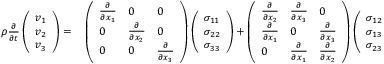
\begin{array} { r l } { \rho \frac { \partial } { \partial t } \left( \begin{array} { l } { v _ { 1 } } \\ { v _ { 2 } } \\ { v _ { 3 } } \end{array} \right) = } & { { } \left( \begin{array} { l l l } { \frac { \partial } { \partial x _ { 1 } } } & { 0 } & { 0 } \\ { 0 } & { \frac { \partial } { \partial x _ { 2 } } } & { 0 } \\ { 0 } & { 0 } & { \frac { \partial } { \partial x _ { 3 } } } \end{array} \right) \left( \begin{array} { l } { \sigma _ { 1 1 } } \\ { \sigma _ { 2 2 } } \\ { \sigma _ { 3 3 } } \end{array} \right) + \left( \begin{array} { l l l } { \frac { \partial } { \partial x _ { 2 } } } & { \frac { \partial } { \partial x _ { 3 } } } & { 0 } \\ { \frac { \partial } { \partial x _ { 1 } } } & { 0 } & { \frac { \partial } { \partial x _ { 3 } } } \\ { 0 } & { \frac { \partial } { \partial x _ { 1 } } } & { \frac { \partial } { \partial x _ { 2 } } } \end{array} \right) \left( \begin{array} { l } { \sigma _ { 1 2 } } \\ { \sigma _ { 1 3 } } \\ { \sigma _ { 2 3 } } \end{array} \right) + \left( \begin{array} { l } { f _ { 1 } } \\ { f _ { 2 } } \\ { f _ { 3 } } \end{array} \right) . } \end{array}